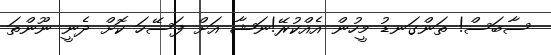
ސާބަސް! ތަންގަނޑު މީހުން އެއްކުރޭ!ނަޝާ އަށް ފަސޭހަ ކޮށް ދެނީ ނޫންތަ